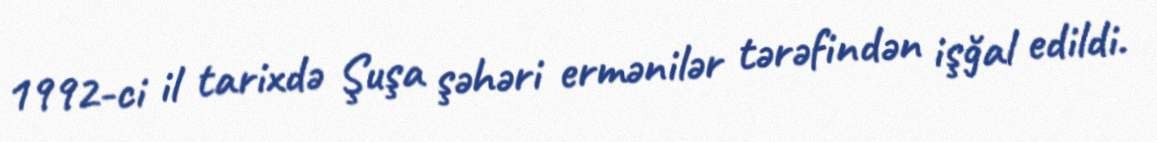
1992-ci il tarixdə Şuşa şəhəri ermənilər tərəfindən işğal edildi.